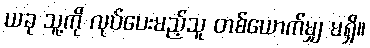
ယခု သူ့ကို လုပ်ပေးမည့်သူ တစ်ယောက်မျှ မရှိ။